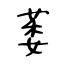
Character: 萎